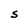
Character: S